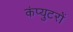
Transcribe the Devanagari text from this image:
कंप्युटरों